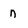
Character: n